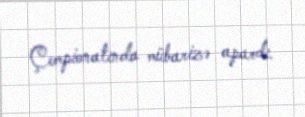
Çempionatında mübarizə apardı.